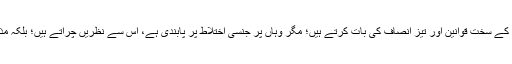
سعودی عرب کے سخت قوانین اور تیز انصاف کی بات کرتے ہیں؛ مگر وہاں پر جنسی اختلاط پر پابندی ہے، اس سے نظریں چراتے ہیں؛ بلکہ مذاق اڑاتے ہیں۔